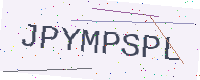
Text: JPYMPSPL